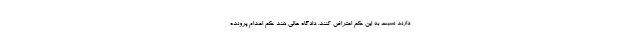
دارند نسبت به این حکم اعتراض کنند. دادگاه عالی هند حکم اعدام پرونده